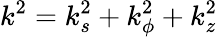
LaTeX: k^{2}=k_{s}^{2}+k_{\phi}^{2}+k_{z}^{2}